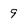
Character: 9